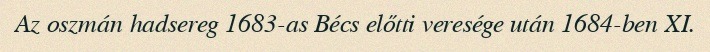
Az oszmán hadsereg 1683-as Bécs előtti veresége után 1684-ben XI.